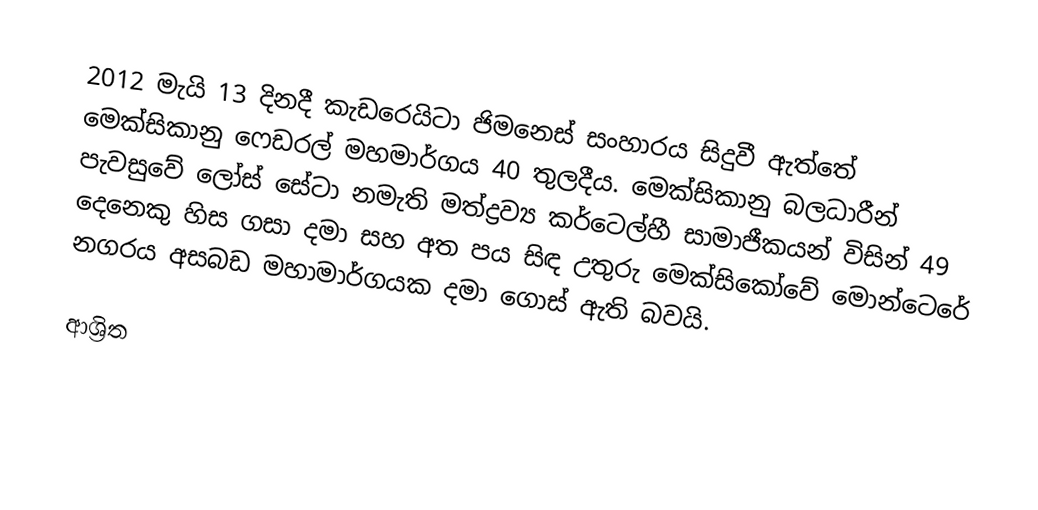
2012 මැයි 13 දිනදී කැඩරෙයිටා ජිමනෙස් සංහාරය සිදුවී ඇත්තේ මෙක්සිකානු ෆෙඩරල් මහමාර්ගය 40 තුලදීය. මෙක්සිකානු බලධාරීන් පැවසුවේ ලෝස් සේටා නමැති මත්ද්‍රව්‍ය කර්ටෙල්හී සාමාජීකයන් විසින් 49 දෙනෙකු හිස ගසා දමා සහ අත පය සිඳ උතුරු මෙක්සිකෝවේ  මොන්ටෙරේ නගරය අසබඩ මහාමාර්ගයක දමා ගොස් ඇති බවයි.

ආශ්‍රිත